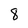
Character: 8